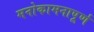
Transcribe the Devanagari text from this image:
मनोकामनापूर्ण